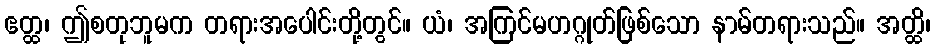
ဧတ္ထ၊ ဤစတုဘူမက တရားအပေါင်းတို့တွင်။ ယံ၊ အကြင်မဟဂ္ဂုတ်ဖြစ်သော နာမ်တရားသည်။ အတ္ထိ၊